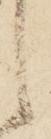
候